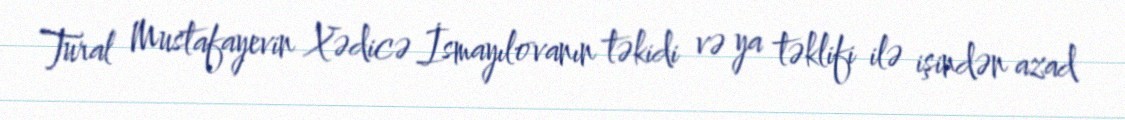
Tural Mustafayevin Xədicə İsmayılovanın təkidi və ya təklifi ilə işindən azad